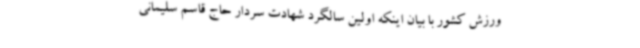
ورزش کشور با بیان اینکه اولین سالگرد شهادت سردار حاج قاسم سلیمانی